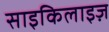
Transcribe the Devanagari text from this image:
साइकिलाइज़